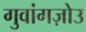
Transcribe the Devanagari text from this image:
गुवांगज़ोउ